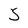
Character: S